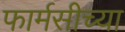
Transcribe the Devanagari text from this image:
फार्मसीच्या